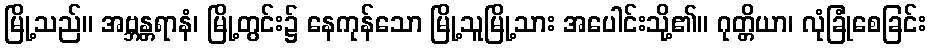
မြို့သည်။ အဗ္ဘန္တရာနံ၊ မြို့တွင်း၌ နေကုန်သော မြို့သူမြို့သား အပေါင်းသို့၏။ ဂုတ္တိယာ၊ လုံခြုံစေခြင်း